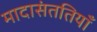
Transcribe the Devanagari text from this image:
मादासंततियाँ